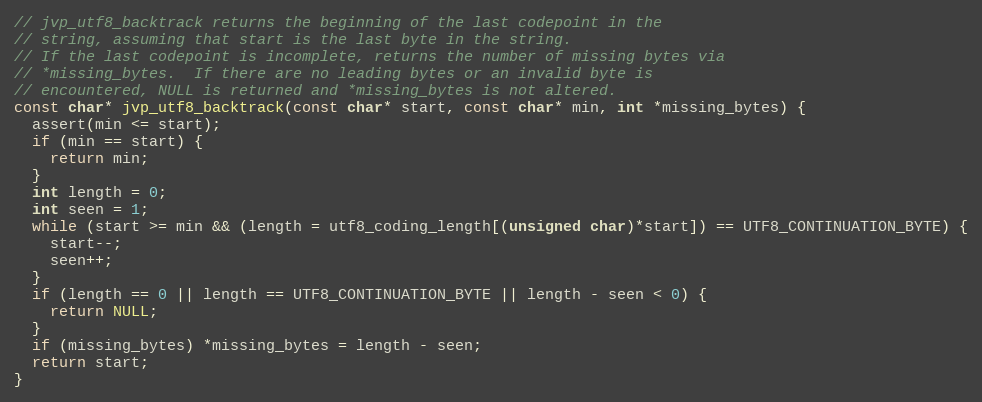
Language: C
// jvp_utf8_backtrack returns the beginning of the last codepoint in the
// string, assuming that start is the last byte in the string.
// If the last codepoint is incomplete, returns the number of missing bytes via
// *missing_bytes.  If there are no leading bytes or an invalid byte is
// encountered, NULL is returned and *missing_bytes is not altered.
const char* jvp_utf8_backtrack(const char* start, const char* min, int *missing_bytes) {
  assert(min <= start);
  if (min == start) {
    return min;
  }
  int length = 0;
  int seen = 1;
  while (start >= min && (length = utf8_coding_length[(unsigned char)*start]) == UTF8_CONTINUATION_BYTE) {
    start--;
    seen++;
  }
  if (length == 0 || length == UTF8_CONTINUATION_BYTE || length - seen < 0) {
    return NULL;
  }
  if (missing_bytes) *missing_bytes = length - seen;
  return start;
}